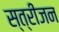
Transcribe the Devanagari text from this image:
स्त्रीजन